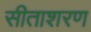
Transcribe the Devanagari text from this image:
सीताशरण